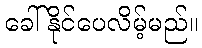
ခေါ်နိုင်ပေလိမ့်မည်။